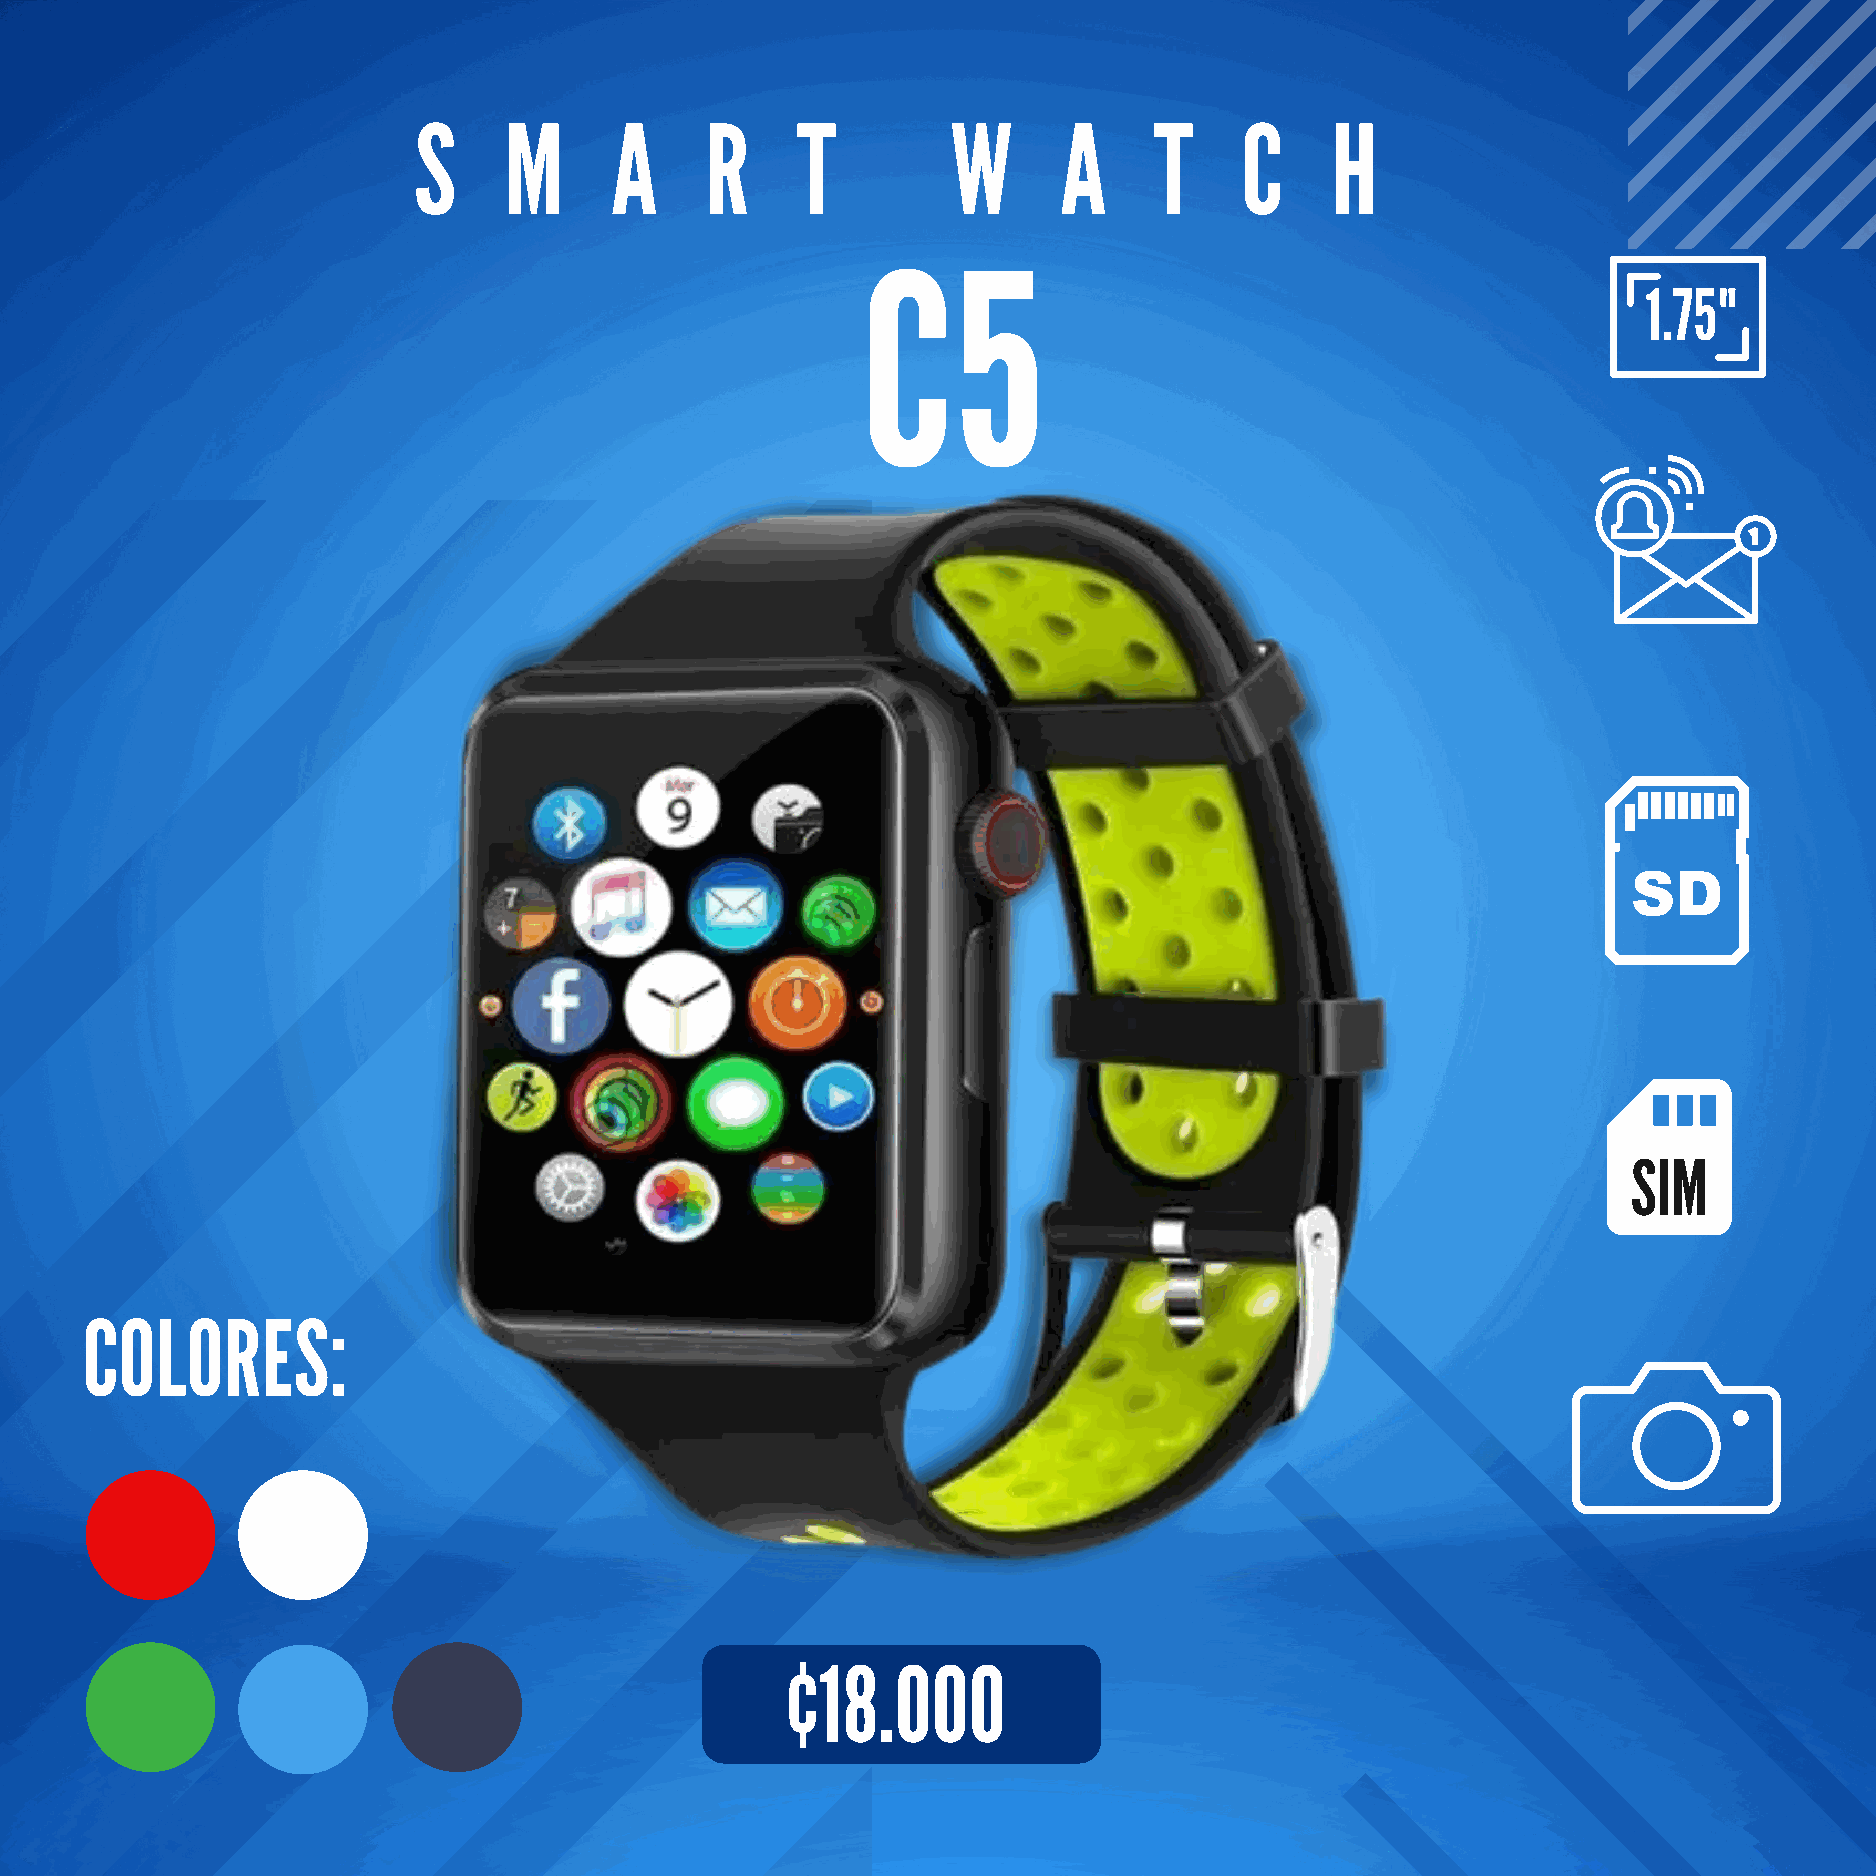
S     M      A      R     T         W      A     T     C     H
 C5
 1.75"
 SIM
 COLORES:
 ¢18.000